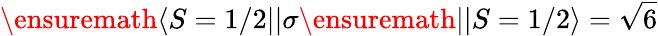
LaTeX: \ensuremath{\langle S=1/2||}{\sigma}\ensuremath{||S=1/2\rangle}={\sqrt{6}}